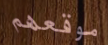
موقعهم